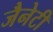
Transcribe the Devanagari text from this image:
जैनेटी